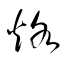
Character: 烙